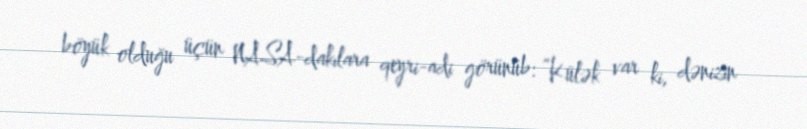
böyük olduğu üçün NASA-dakılara qeyri-adi görünüb: “Külək var ki, dənizin